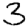
Digit: 3